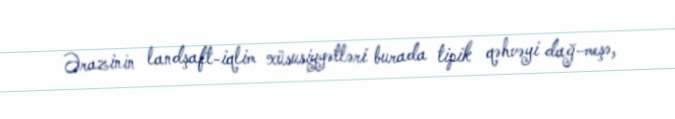
Ərazinin landşaft-iqlim xüsusiyyətləri burada tipik qəhvəyi dağ-meşə,